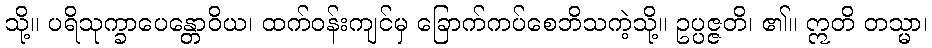
သို့။ ပရိသုက္ခာပေန္တောဝိယ၊ ထက်ဝန်းကျင်မှ ခြောက်ကပ်စေဘိသကဲ့သို့။ ဥပ္ပဇ္ဇတိ၊ ၏။ ဣတိ တသ္မာ၊